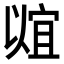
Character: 𬿠